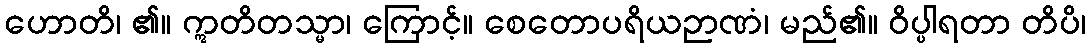
ဟောတိ၊ ၏။ ဣတိတသ္မာ၊ ကြောင့်။ စေတောပရိယဉာဏံ၊ မည်၏။ ဝိပ္ပါရတာ တိပိ၊